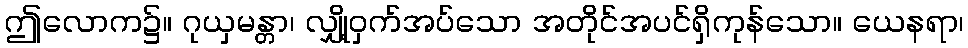
ဤလောက၌။ ဂုယှမန္တာ၊ လျှို့ဝှက်အပ်သော အတိုင်အပင်ရှိကုန်သော။ ယေနရာ၊